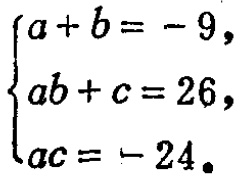
$\begin{cases}
a + b = - 9,\\
ab + c = 26,\\
ac = - 24.
\end{cases}$